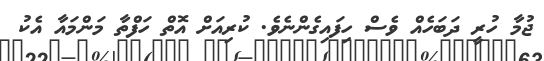
ޖުމާ ހުރީ ދަބަހެއް ވެސް ހިފައިގެންނެވެ. ކުރިއަށް އޮތް ހަފްތާ މަންމައާ އެކު